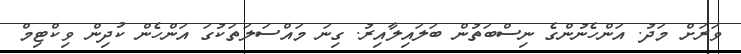
ވަރަށް މަދު. އަންހެނުންގެ ނިސްބަތުން ބަލައިލާއިރު. ގިނަ މައްސަލަތަކުގަ އަންހެން ކުދިން ވިކްޓިމް